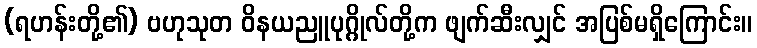
(ရဟန်းတို့၏) ဗဟုသုတ ဝိနယညူပုဂ္ဂိုလ်တို့က ဖျက်ဆီးလျှင် အပြစ်မရှိကြောင်း။